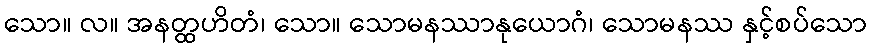
သော။ လ။ အနတ္ထဟိတံ၊ သော။ သောမနဿာနုယောဂံ၊ သောမနဿ နှင့်စပ်သော